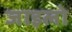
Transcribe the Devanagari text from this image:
जाइलो